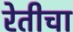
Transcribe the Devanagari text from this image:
रेतीचा